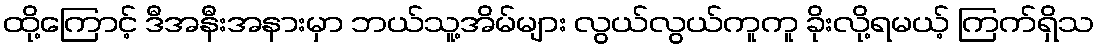
ထို့ကြောင့် ဒီအနီးအနားမှာ ဘယ်သူ့အိမ်များ လွယ်လွယ်ကူကူ ခိုးလို့ရမယ့် ကြက်ရှိသ